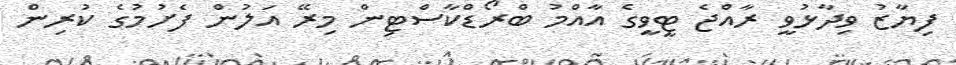
ފިޔާޒު ވިދާޅުވީ ރާއްޖެ ޓީވީގެ އާއްމު ބްރޯޑްކާސްޓިން މިރޭ އަލުން ފެށުމުގެ ކުރިން